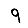
Digit: 9